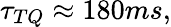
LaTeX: \tau_{TQ}\approx 180ms,